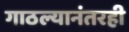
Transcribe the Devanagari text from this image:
गाठल्यानंतरही